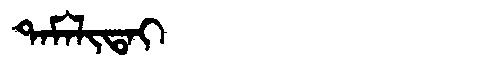
Manchu: ᡨᠠᠮᠠᠯᡳᡨᠠᡳ
Romanization: TAMALITAI